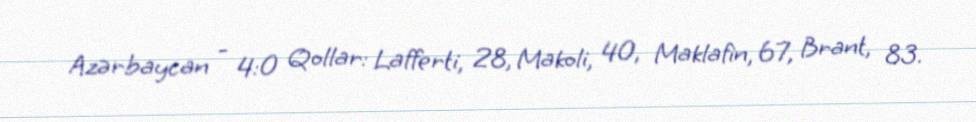
Azərbaycan - 4:0 Qollar: Lafferti, 28, Makoli, 40, Maklafin, 67, Brant, 83.